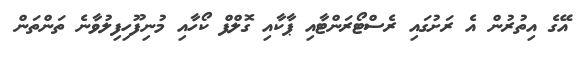
އޭގެ އިތުރުން އެ ރަށުގައި ރެސްޓޯރަންޓާއި ޕާކާއި ގޮލްފް ކޯހާއި މުނިފޫހިފިލުވާނެ ތަންތަން